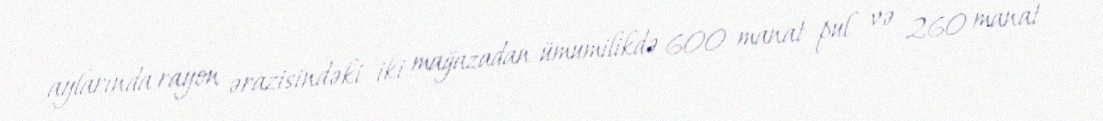
aylarında rayon ərazisindəki iki mağazadan ümumilikdə 600 manat pul və 260 manat